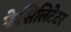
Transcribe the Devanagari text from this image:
फेसिलिटेटर